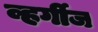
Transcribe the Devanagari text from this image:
व्हर्गीज